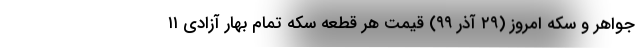
جواهر و سکه امروز (۲۹ آذر ۹۹) قیمت هر قطعه سکه تمام بهار آزادی ۱۱